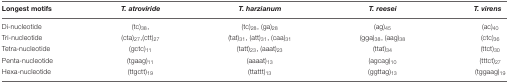
| Longest motifs | T. atroviride | T. harzianum | T. reesei | T. virens |
 | --- | --- | --- | --- | --- |
 | Di-nucleotide | (tc)38, | (tc)28, (ga)28 | (ag)45 | (ac)40 |
 | Tri-nucleotide | (cta)27,(ctt)27 | (tat)31, (att)31, (caa)31 | (gga)38, (aag)38 | (ctc)36 |
 | Tetra-nucleotide | (gctc)11 | (tatt)23, (aaat)23 | (ttat)34 | (ttct)30 |
 | Penta-nucleotide | (tgaag)11 | (aaaat)13 | (agcag)10 | (tttct)27 |
 | Hexa-nucleotide | (ttgctt)19 | (ttattt)13 | (ggttag)13 | (tggaag)19 |